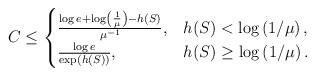
\begin{align*}C & \leq\begin{cases}\frac{\log e+\log\left(\frac{1}{\mu}\right)-h(S)}{\mu^{-1}}, & h(S)<\log\left(1/\mu\right),\\\frac{\log e}{\exp\left(h(S)\right)}, & h(S)\geq\log\left(1/\mu\right).\end{cases}\end{align*}